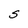
Character: S